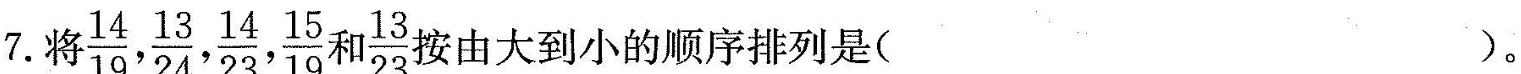
7.将 $$\frac{14}{19}, \frac{13}{24}, \frac{14}{23}, \frac{15}{19}$$ $$\frac{13}{23}$$ 按由大到小的顺序排列是( )。